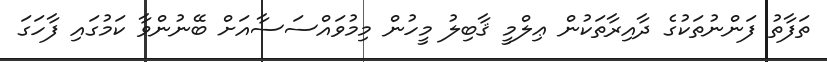
ތަފާތު ފަންނުތަކުގެ ދާއިރާތަކުން ޢިލްމީ ޤާބިލު މީހުން މިމުވައްސަސާއަށް ބޭނުންވާ ކަމުގައި ފާހަގަ